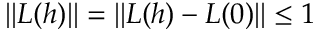
\| L ( h ) \| = \| L ( h ) - L ( 0 ) \| \leq 1